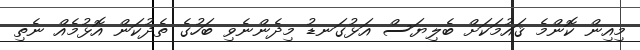
މިއިން ކޮންމެ ޤައުމަކަށް ބެލިޔަސް އަޅުގަނޑު މިދެންނެވި ބަހުގެ ތެދުކަން އޮޅުމެއް ނެތި